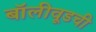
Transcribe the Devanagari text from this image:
बॉलीवूडची